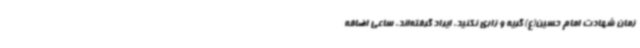
زمان شهادت امام حسین(ع) گریه و زاری نکنید، ایراد گرفته‌اند. ساعی اضافه